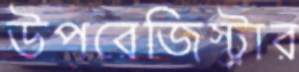
উপরেজিস্ট্রার